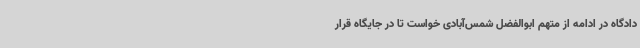
دادگاه در ادامه از متهم ابوالفضل شمس‌آبادی خواست تا در جایگاه قرار